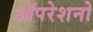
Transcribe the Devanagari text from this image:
ऑपरेशनो